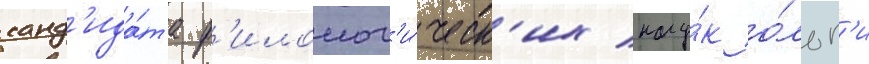
канд'ида́та ф'илолог'и́ческ'их нау́к о́льг'и